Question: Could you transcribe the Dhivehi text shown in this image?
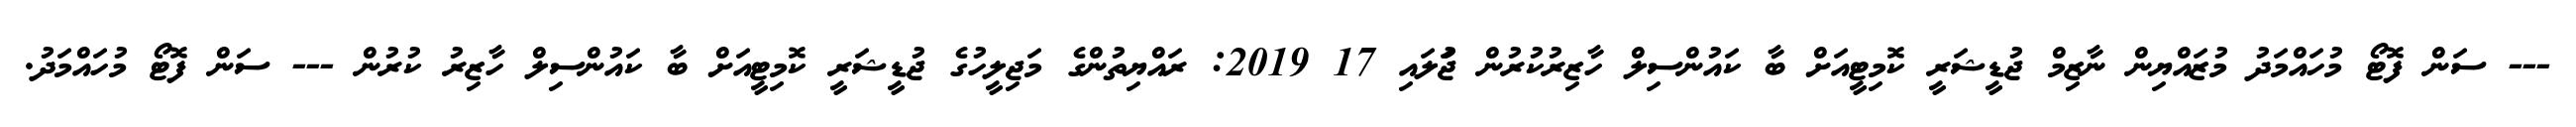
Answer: --- ސަން ފޮޓޯ މުހައްމަދު މުޒައްޔިން ނާޒިމް ޖުޑީޝަރީ ކޮމިޓީއަށް ބާ ކައުންސިލް ހާޒިރުކުރުން ޖުަލައި 17 2019: ރައްޔިތުންގެ މަޖިލީހުގެ ޖުޑީޝަރީ ކޮމިޓީއަށް ބާ ކައުންސިލް ހާޒިރު ކުރުން --- ސަން ފޮޓޯ މުހައްމަދު.